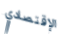
الإقتصادي